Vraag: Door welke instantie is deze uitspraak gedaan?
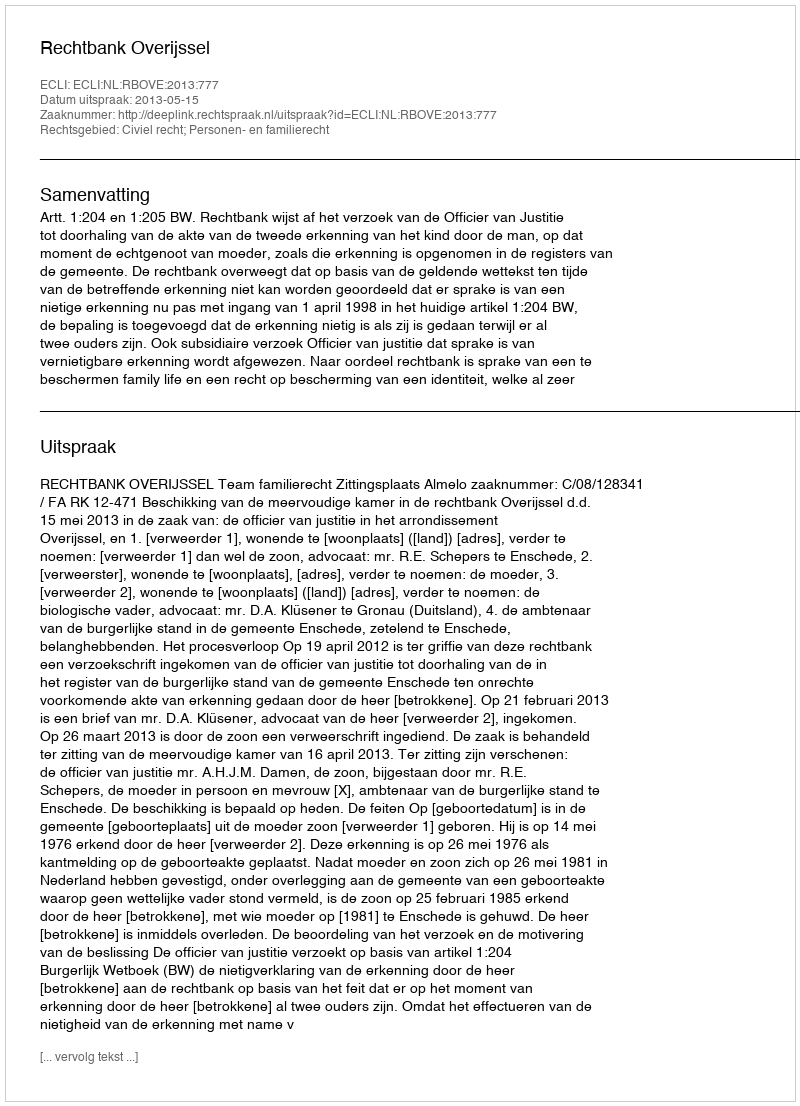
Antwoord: Rechtbank Overijssel